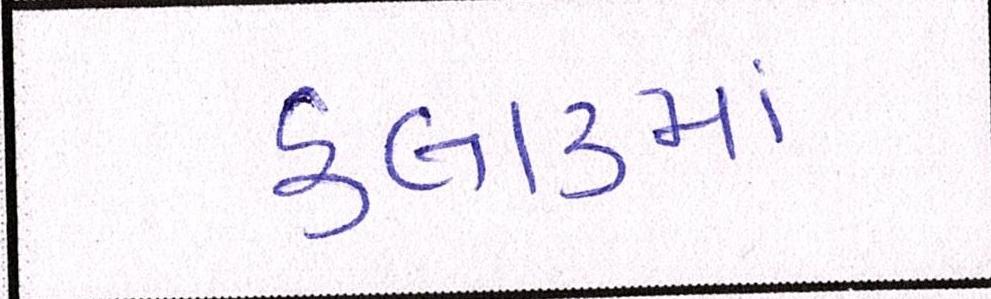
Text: કલાકમાં